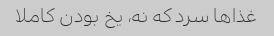
غذاها سرد که نه، یخ بودن کاملا